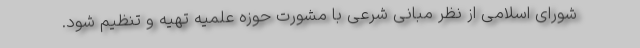
شورای اسلامی از نظر مبانی شرعی با مشورت حوزه علمیه تهیه و تنظیم شود.